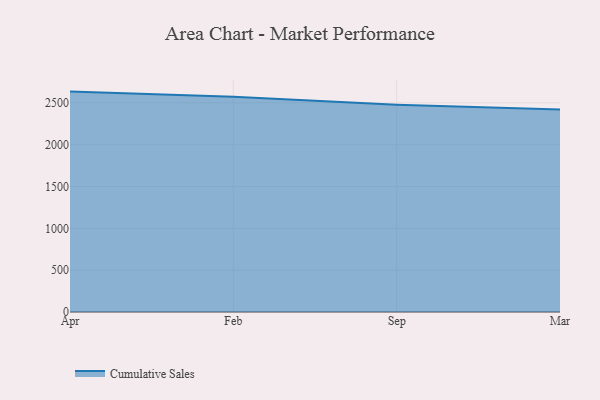
{"axis": {"x": "Month", "y": "Backlog"}, "legend": ["Cumulative Sales"], "data": [{"x": "Apr", "y": 2634.4, "type": "Cumulative Sales"}, {"x": "Feb", "y": 2572.6, "type": "Cumulative Sales"}, {"x": "Sep", "y": 2476.8, "type": "Cumulative Sales"}, {"x": "Mar", "y": 2421.6, "type": "Cumulative Sales"}]}